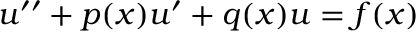
u ^ { \prime \prime } + p ( x ) u ^ { \prime } + q ( x ) u = f ( x )